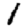
Digit: 1